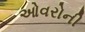
ઓવરોની